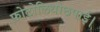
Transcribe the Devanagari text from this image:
फ़ोटोलिथोछपाई।